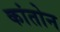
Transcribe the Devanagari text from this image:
कांतोन